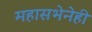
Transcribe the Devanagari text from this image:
महासभेनेही